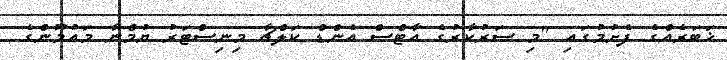
ޚަބަރެއްގެ ފެށުމުގައި "މި ސަރުކާރުގެ އާޓްސް އެންޑް ކަލްޗާ މިނިސްޓަރު ޔުމްނާ މައުމޫންގެ